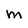
Character: M